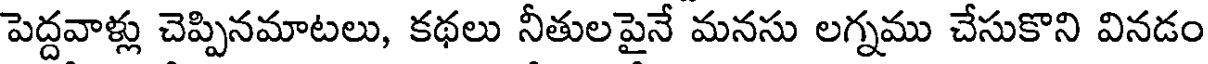
పెద్దవాళ్లు చెప్పినమాటలు, కథలు నీతులపైనే మనసు లగ్నము చేసుకొని వినడం